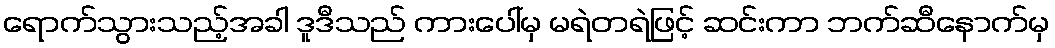
ရောက်သွားသည့်အခါ ဒူဒီသည် ကားပေါ်မှ မရဲတရဲဖြင့် ဆင်းကာ ဘက်ဆီနောက်မှ